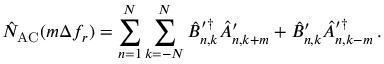
\hat { N } _ { \mathrm { A C } } ( m \Delta f _ { r } ) = \sum _ { n = 1 } ^ { N } \sum _ { k = - N } ^ { N } \hat { B } _ { n , k } ^ { \prime \dagger } \hat { A } _ { n , k + m } ^ { \prime } + \hat { B } _ { n , k } ^ { \prime } \hat { A } _ { n , k - m } ^ { \prime \dagger } \, .